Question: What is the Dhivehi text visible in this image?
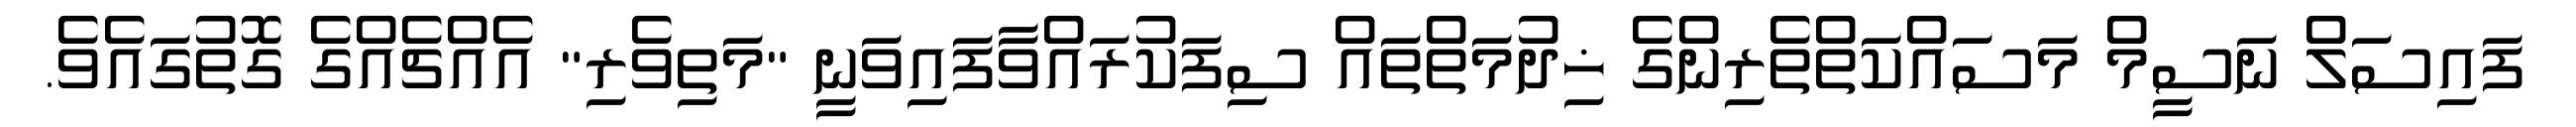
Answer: ފައިސަލް ނަސީމް މަސައްކަތްތެރިންގެ ޚިދުމަތްތައް ސިފަކުރައްވާފައިވަނީ "މަތިވެރި" އެއްޗެއްގެ ގޮތުގައެވެ.